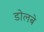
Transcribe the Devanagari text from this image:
डोलबे